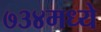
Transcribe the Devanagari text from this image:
७३४मध्ये